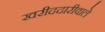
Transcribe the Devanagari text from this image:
खरीददारीवाले